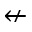
\nleftarrow